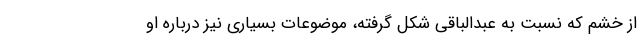
از خشم که نسبت به عبدالباقی شکل گرفته، موضوعات بسیاری نیز درباره او